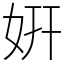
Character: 姸